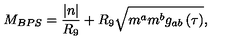
M _ { B P S } = \frac { \left| n \right| } { R _ { 9 } } + R _ { 9 } \sqrt { m ^ { a } m ^ { b } g _ { a b } \left( \tau \right) } ,